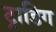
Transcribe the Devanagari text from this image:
ट्राडिग